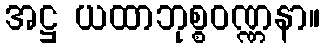
အဋ္ဌ ယထာဘုစ္စဝဏ္ဏနာ။